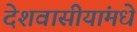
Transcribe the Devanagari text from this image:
देशवासीयांमधे